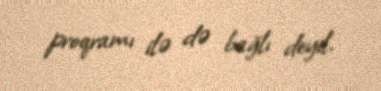
proqramı ilə də bağlı deyil.